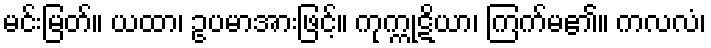
မင်းမြတ်။ ယထာ၊ ဥပမာအားဖြင့်။ ကုက္ကုဋိယာ၊ ကြက်မ၏။ ကလလံ၊